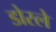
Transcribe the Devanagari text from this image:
डोरले